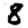
Digit: 8